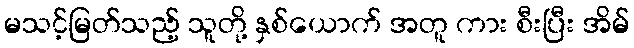
မသင့်မြတ်သည့် သူတို့ နှစ်ယောက် အတူ ကား စီးပြီး အိမ်